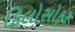
ફિલોસોફર